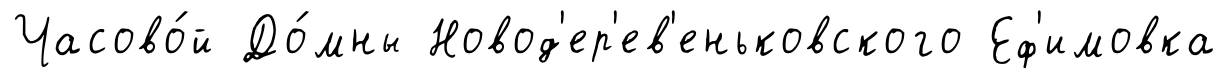
Часово́й До́мны Новод'ер'ев'еньковского Еф'имовка